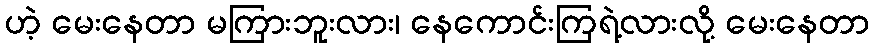
ဟဲ့ မေးနေတာ မကြားဘူးလား၊ နေကောင်းကြရဲ့လားလို့ မေးနေတာ